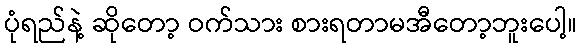
ပုံရည်နဲ့ ဆိုတော့ ဝက်သား စားရတာမအီတော့ဘူးပေါ့။